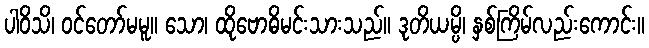
ပါဝိသိ၊ ဝင်တော်မမူ။ သော၊ ထိုဗောဓိမင်းသားသည်။ ဒုတိယမ္ပိ၊ နှစ်ကြိမ်လည်းကောင်း။